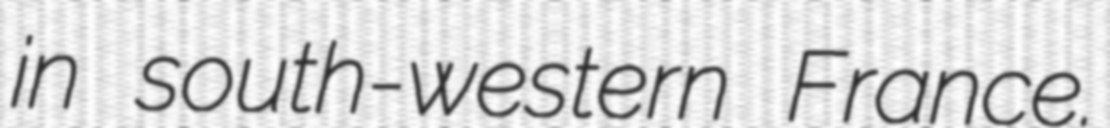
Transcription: in south-western France.